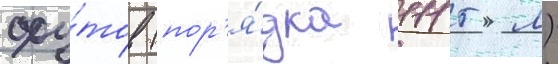
фу́тов (пор'я́дка 1115 м)